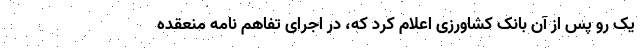
یک رو پس از آن بانک کشاورزی اعلام کرد که، در اجرای تفاهم نامه منعقده